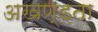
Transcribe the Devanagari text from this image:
अखण्ड़ता